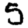
Digit: 5